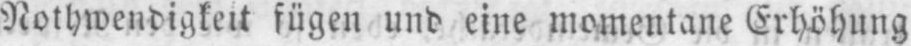
Nothwendigkeit fügen und eine momentane Erhöhung